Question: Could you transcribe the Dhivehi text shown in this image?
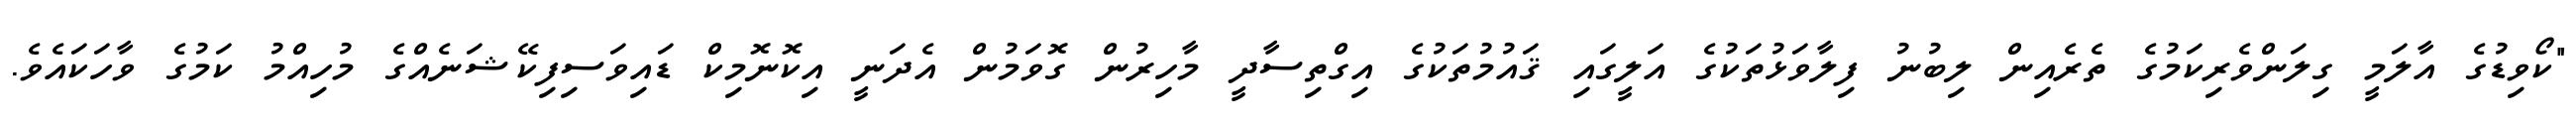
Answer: "ކޯވިޑުގެ އާލަމީ ގިލަންވެރިކަމުގެ ތެރެއިން ލިބުނު ފިލާވަޅުތަކުގެ އަލީގައި ޤައުމުތަކުގެ އިގްތިސާދީ މާހިރުން ގޮވަމުން އެދަނީ އިކޮނޮމިކް ޑައިވަސިފިކޭޝަނެއްގެ މުހިއްމު ކަމުގެ ވާހަކައެވެ.